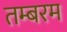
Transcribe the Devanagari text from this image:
तम्बरम